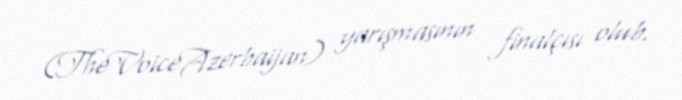
(TheVoiceAzerbaijan) yarışmasının finalçısı olub.